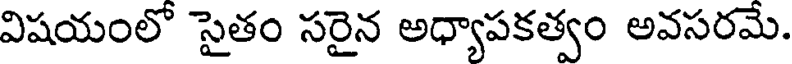
విషయంలో సైతం సరైన అధ్యాపకత్వం అవసరమే.